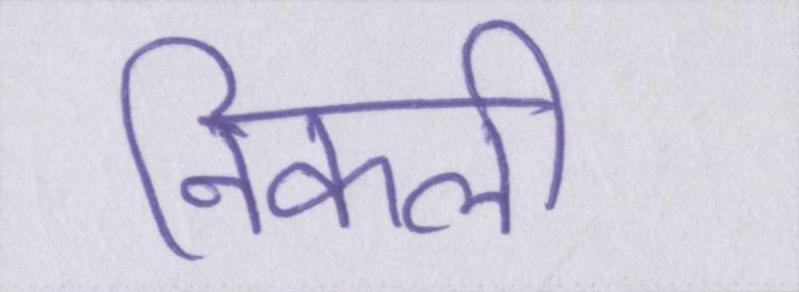
निकली